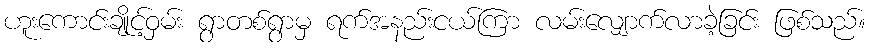
ဟူးကောင်းချိုင့်ဝှမ်း ရွာတစ်ရွာမှ ရက်အနည်းငယ်ကြာ လမ်းလျှောက်လာခဲ့ခြင်း ဖြစ်သည်။